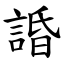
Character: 諙